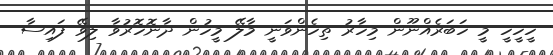
ހީހީހީ މީ ހަބަރެއްނޫން މިހާރު ތިހެންވަނީ މާލޭ މީހުން ދާނޮހޮރުވާ ލިވޭ ފައިސާ